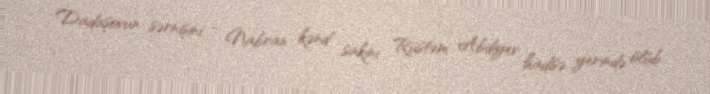
Dadaşovun sərnişini - Nabran kənd sakini Rüstəm Abdiyev hadisə yerində ölüb.